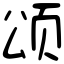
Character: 颂